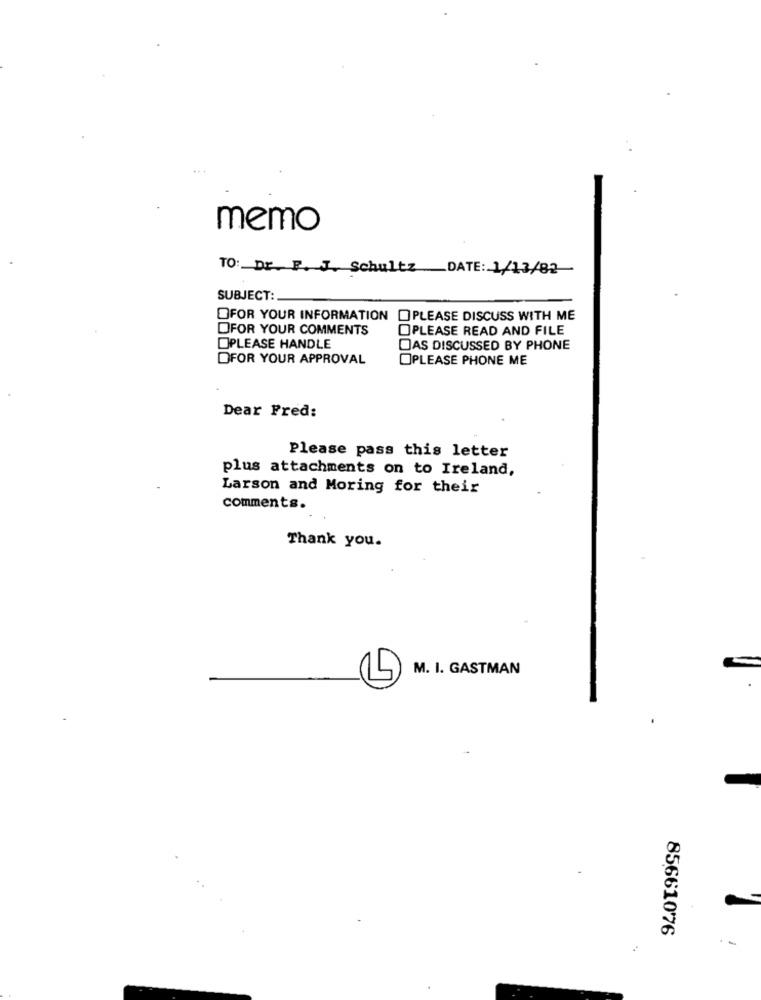
memo
TO: Dr. F. J. Schultz_ DATE: 1/13/82
SUBJECT:
OFOR YOUR INFORMATION PLEASE DISCUSS WITH ME
DFOR YOUR COMMENTS
OPLEASE READ AND FILE
OPLEASE HANDLE
DAS DISCUSSED BY PHONE
DFOR YOUR APPROVAL
OPLEASE PHONE ME
Dear Fred:
Please pass this letter
plus attachments on to Ireland,
Larson and Moring for their
comments.
Thank you.
M. I. GASTMAN
85661076